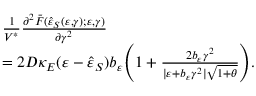
\begin{array} { r l } & { \frac { 1 } { V ^ { \ast } } \frac { \partial ^ { 2 } \bar { F } ( \hat { \varepsilon } _ { S } ( \varepsilon , \gamma ) ; \varepsilon , \gamma ) } { \partial \gamma ^ { 2 } } } \\ & { = 2 D \kappa _ { E } ( \varepsilon - \hat { \varepsilon } _ { S } ) b _ { \varepsilon } \Bigg ( 1 + \frac { 2 b _ { \varepsilon } \gamma ^ { 2 } } { \vert \varepsilon + b _ { \varepsilon } \gamma ^ { 2 } \vert \sqrt { 1 + \theta } } \Bigg ) . } \end{array}